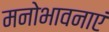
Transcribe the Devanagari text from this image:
मनोभावनाएं